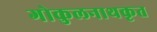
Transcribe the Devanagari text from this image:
गोकुलनाथकृत